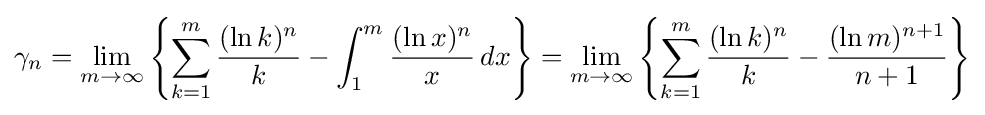
\gamma _{n}=\lim _{m\to \infty }\left\{\sum _{k=1}^{m}{\frac {(\ln k)^{n}}{k}}-\int _{1}^{m}{\frac {(\ln x)^{n}}{x}}\,dx\right\}=\lim _{m\rightarrow \infty }{\left\{\sum _{k=1}^{m}{\frac {(\ln k)^{n}}{k}}-{\frac {(\ln m)^{n+1}}{n+1}}\right\}}